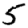
Digit: 5